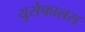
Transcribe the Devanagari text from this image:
युसेफालस